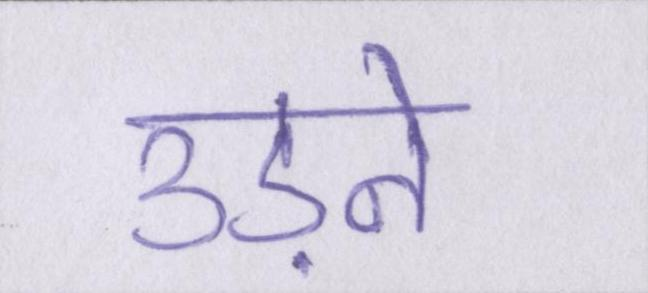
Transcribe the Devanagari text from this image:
उड़ने